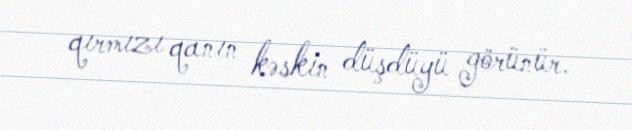
qırmızı qanın kəskin düşdüyü görünür.